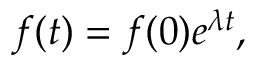
f ( t ) = f ( 0 ) e ^ { \lambda t } ,